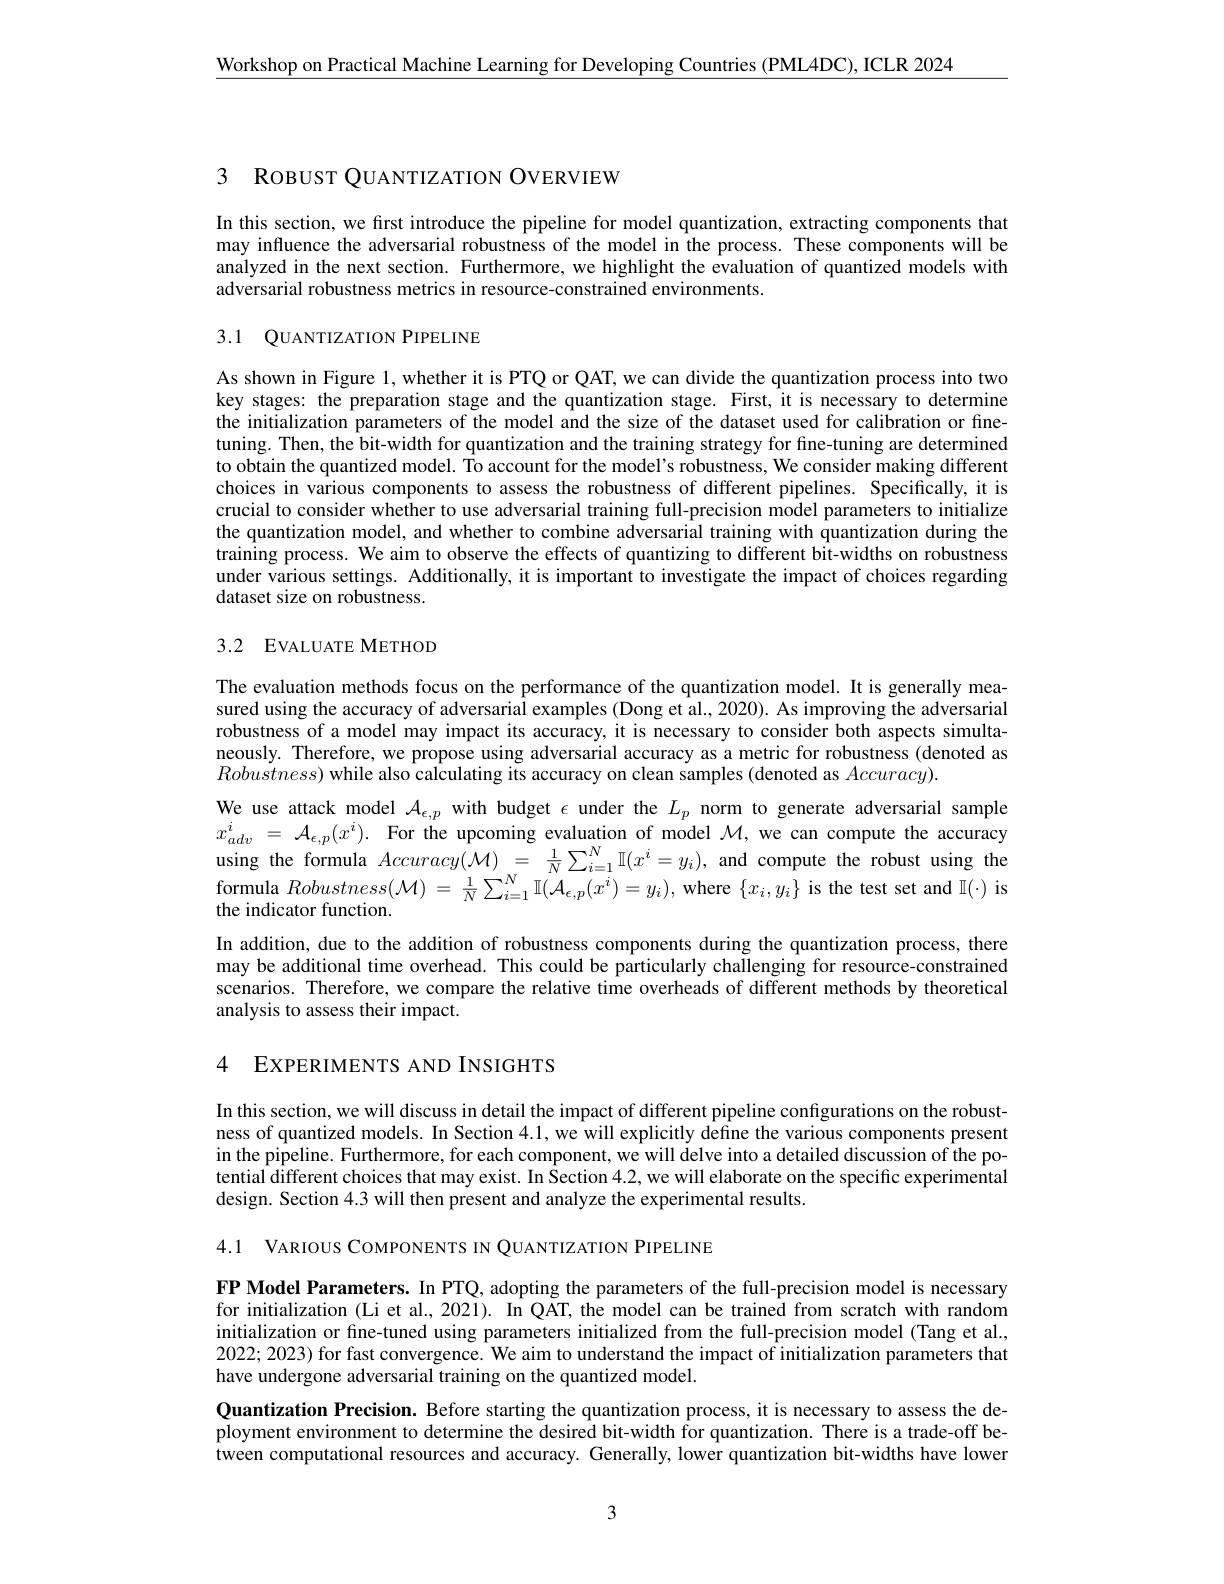
$\underline{\text{Workshop on Practical Machine Learning for Developing Countries (PML4DC),ICLR 2024}}$

3 ROBUST QUANTIZATION OVERVIEW

In this section, we first introduce the pipeline for model quantization, extracting components that may influence the adversarial robustness of the model in the process. These components will be analyzed in the next section. Furthermore, we highlight the evaluation of quantized models with adversarial robustness metrics in resource-constrained environments.
3.1 QUANTIZATION PIPELINE

As shown in Figure 1, whether it is PTQ or QAT, we can divide the quantization process into two key stages: the preparation stage and the quantization stage. First, it is necessary to determine the initialization parameters of the model and the size of the dataset used for calibration or finetuning. Then, the bit-width for quantization and the training strategy for fine-tuning are determined to obtain the quantized model. To account for the model's robustness, We consider making different choices in various components to assess the robustness of different pipelines. Specifically, it is crucial to consider whether to use adversarial training full-precision model parameters to initialize the quantization model, and whether to combine adversarial training with quantization during the training process. We aim to observe the effects of quantizing to different bit-widths on robustness under various settings. Additionally, it is important to investigate the impact of choices regarding dataset size on robustness.

## 3.2 EVALUATE METHOD

The evaluation methods focus on the performance of the quantization model. It is generally measured using the accuracy of adversarial examples (Dong et al., 2020). As improving the adversarial robustness of a model may impact its accuracy, it is necessary to consider both aspects simultaneously. Therefore, we propose using adversarial accuracy as a metric for robustness (denoted as $Robustness)$ while also calculating its accuracy on clean samples (denoted as $Accuracy).$
We use attack model $\mathcal{A}_{\epsilon,p}$ with budget $\epsilon$ under the $L_p$ norm to generate adversarial sample $x_{adv}^i$ = $\mathcal{A} _{\epsilon , p}( x^i) .$ For the upcoming evaluation of model $\mathcal{M}$,we can compute the accuracy using the formula $Accuracy(\mathcal{M})_{N}=\frac1N\sum_{i=1}^N\mathbb{I}(x^i=y_i)$, and compute the robust using the formula $Robustness(\mathcal{M})=\frac1N\sum_{i=1}^N\mathbb{I}(\mathcal{A}_{\epsilon,p}(x^i)=y_i)$, where $\{x_i,y_i\}$ is the test set and $\Pi(\cdot)$ is the indicator function.
In addition, due to the addition of robustness components during the quantization process, there may be additional time overhead. This could be particularly challenging for resource-constrained scenarios. Therefore, we compare the relative time overheads of different methods by theoretical analysis to assess their impact.

4 EXPERIMENTS AND INSIGHTS

In this section, we will discuss in detail the impact of different pipeline configurations on the robustness of quantized models. In Section 4.1, we will explicitly define the various components present in the pipeline. Furthermore, for each component, we will delve into a detailed discussion of the potential different choices that may exist. In Section 4.2,we will elaborate on the specific experimental design. Section 4.3 will then present and analyze the experimental results.

4.1 VARIOUS COMPONENTS IN QUANTIZATION PIPELINE

FP Model Parameters. In PTQ, adopting the parameters of the full-precision model is necessary for initialization (Li et al., 2021). In QAT, the model can be trained from scratch with random initialization or fine-tuned using parameters initialized from the full-precision model (Tang et al., 2022; 2023) for fast convergence. We aim to understand the impact of initialization parameters that have undergone adversarial training on the quantized model.

Quantization Precision. Before starting the quantization process, it is necessary to assess the deployment environment to determine the desired bit-width for quantization. There is a trade-off between computational resources and accuracy. Generally, lower quantization bit-widths have lower

3